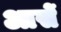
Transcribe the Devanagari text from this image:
आसें